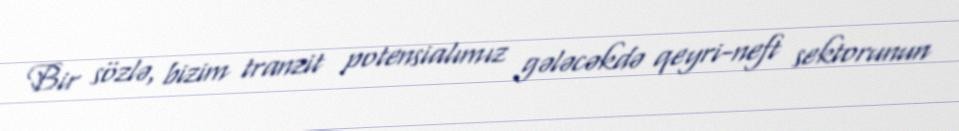
Bir sözlə, bizim tranzit potensialımız gələcəkdə qeyri-neft sektorunun